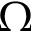
\Omega